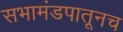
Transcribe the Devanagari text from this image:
सभामंडपातूनच